Report on horse surra - Volume II, Part I
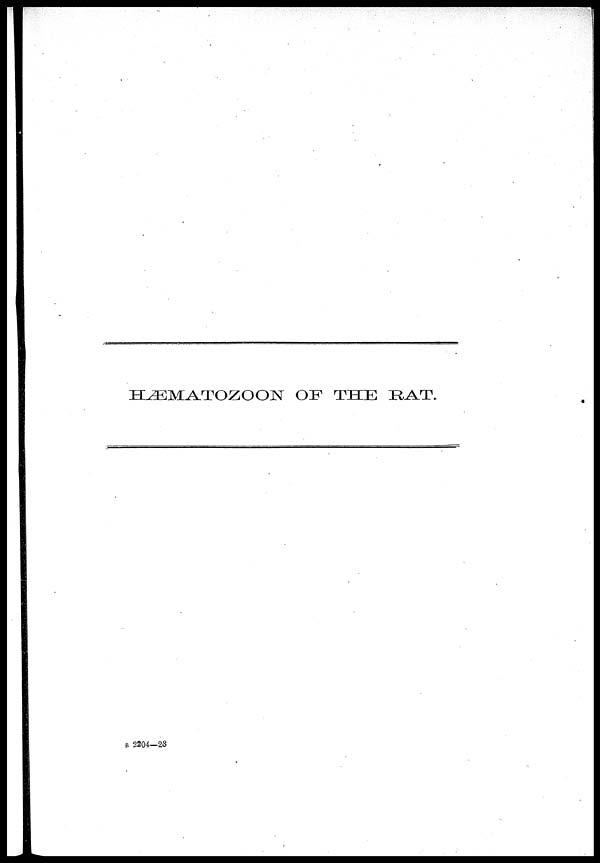
HÆMATOZOON OF THE RAT.
B 2204—23